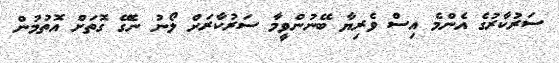
ސަރުކާރުގެ އެންމެ އިސް ވެރިޔާ ބޭނުންވީމާ ސަރުކާރަށް ލޯނު ނެގޭ ގޮތަށް އޮތުމުން